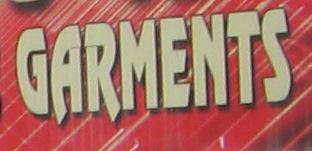
garments